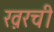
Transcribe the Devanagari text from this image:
ख़रची